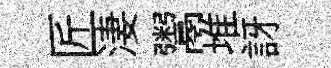
匠淒鬻堆訝